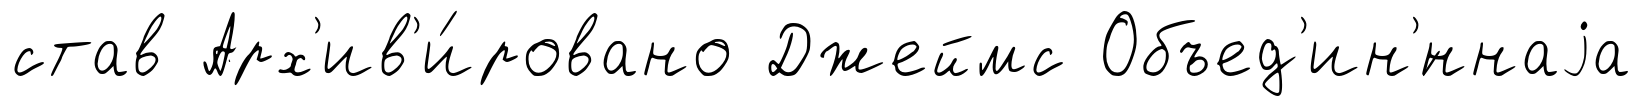
став Арх'ив'и́ровано Джеймс Объед'ин'́ннаjа